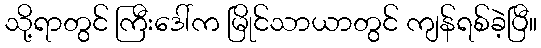
သို့ရာတွင် ကြီးဒေါ်က မြိုင်သာယာတွင် ကျန်ရစ်ခဲ့ပြီ။